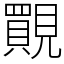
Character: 䚑